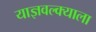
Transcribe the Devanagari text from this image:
याज्ञवल्क्याला